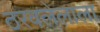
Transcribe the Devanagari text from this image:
ठरवलेलाला